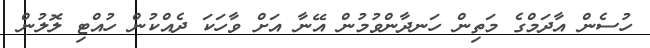
ހުސެން އާދަމްގެ މަތިން ހަނދާންވުމުން އޭނާ އަށް ވާހަކަ ދެއްކުން ހުއްޓި ލޮލުން